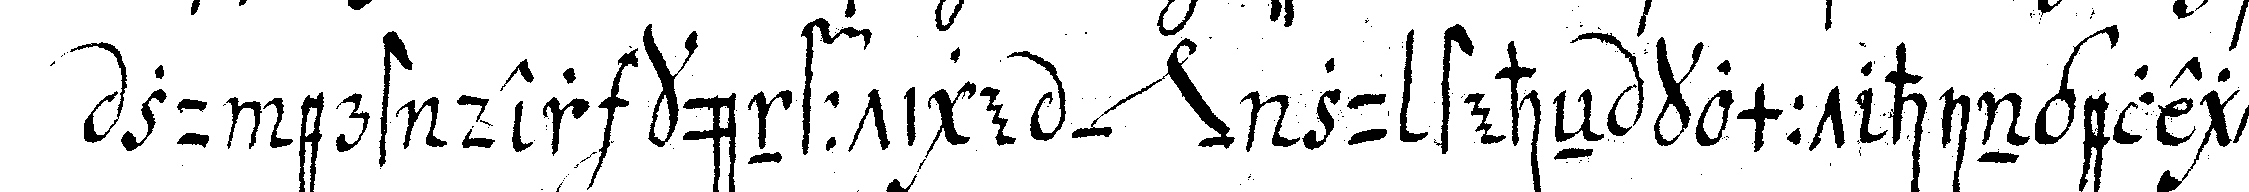
zu erst der künfftige *nee* zu steheN kommt hingelegt